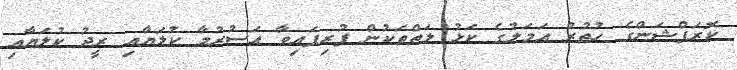
ކޮރަޕްޝަންގެ ހުތުރު އަމަލުގެ ކަޅު ލަތްތަކުން ފުރިފައިވާ އަސުރުމާ ކުލަޔާއި ރީދު ކުލަޔާއި